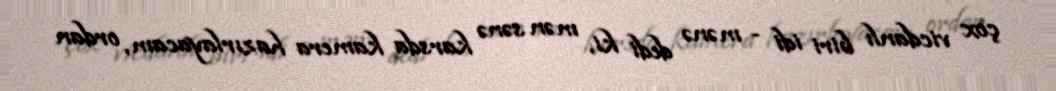
çox vicdanlı biri idi - mənə dedi ki, mən sənə karsda kamera hazırlayacam, ordan